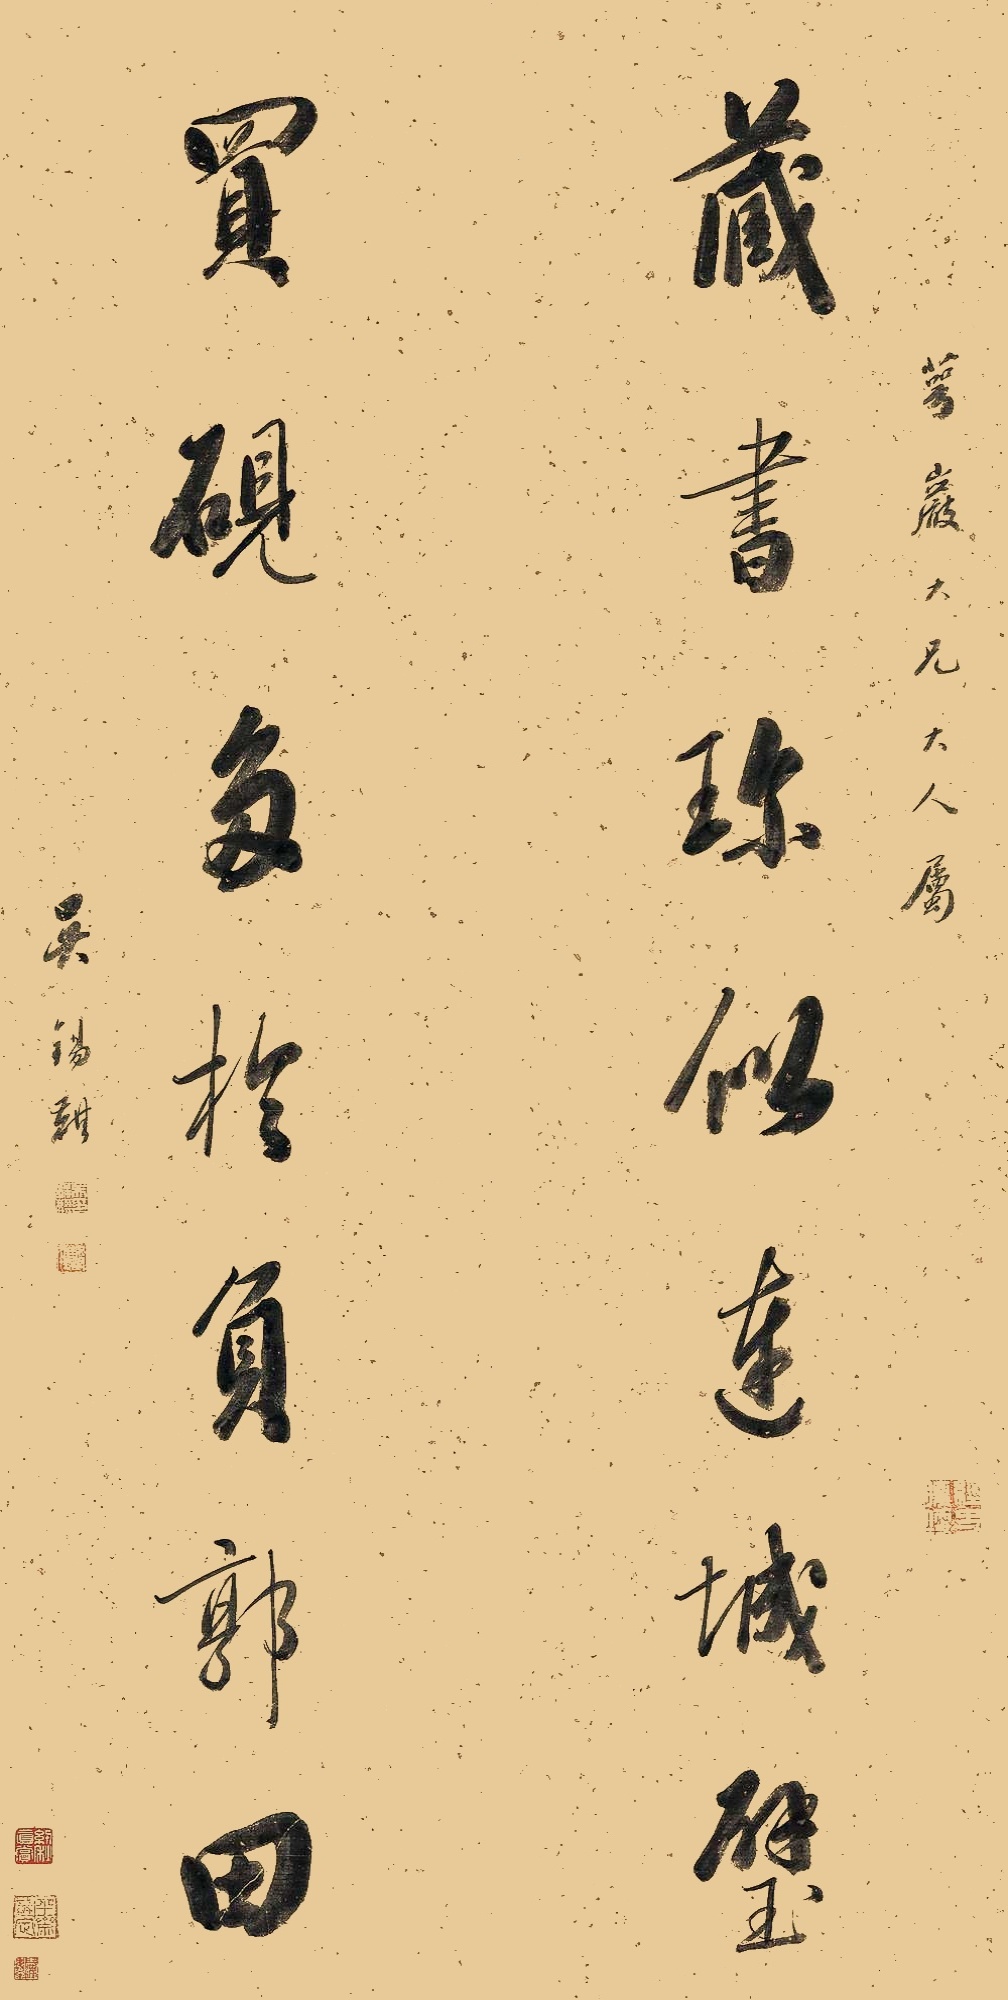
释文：藏书珍似连城璧，买砚多于负郭田。萼严大兄大人属，吴锡麒。